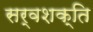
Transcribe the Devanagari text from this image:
सर्वशक्ति